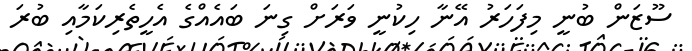
ސޫޒަން ބުނީ މިފަހަރު އޭނާ ހިކުނީ ވަރަށް ގިނަ ބައެއްގެ އެހީތެރިކަމާއި ބުރަ